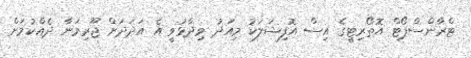
ޓްރާންސްޕޯޓް އޮތޯރިޓީގެ އިސް އޮފިޝަލަކު މިއަދު ވިދާޅުވީ އެ އަދަދަށް ޖޫރިމަނާ ދެއްކުމަށް